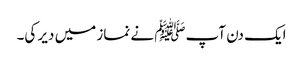
ایک دن آپﷺ نے نماز میں دیر کی۔